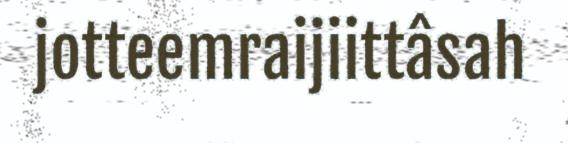
jotteemraijiittâsah